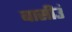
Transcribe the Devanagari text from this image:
बासीउं